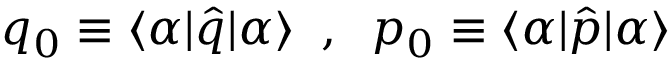
q _ { 0 } \equiv \langle \alpha | \hat { q } | \alpha \rangle \; \; , \; \; p _ { 0 } \equiv \langle \alpha | \hat { p } | \alpha \rangle